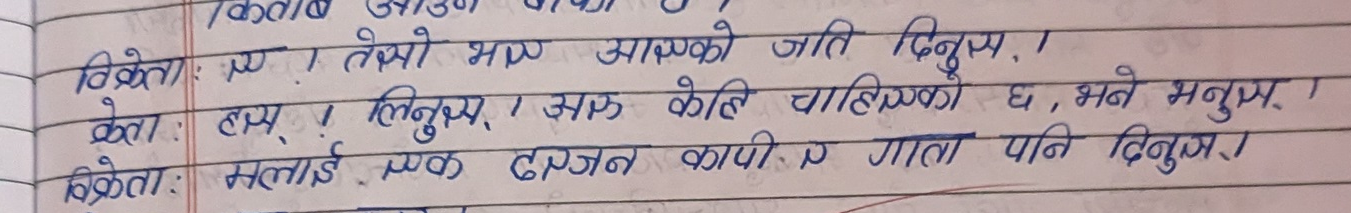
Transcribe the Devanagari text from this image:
विक्रेता : ए ! तेसो भए आएको जति दिनुस।
क्रेता : हाय ! लिनुस । अरु केहि चाहिएको छ, भने मनुज ।
विक्रेता: मलाई एक दरजन कापी र गाता पनि दिनुस।